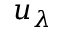
u _ { \lambda }